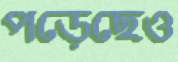
পড়েছেও